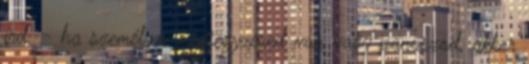
írd. - ha személyes megjegyzésed van vagy panaszod, akkor